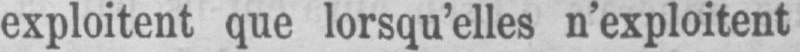
exploitent que lorsqu’elles n’exploitent